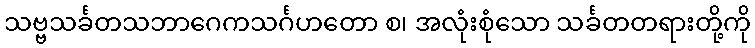
သဗ္ဗသင်္ခတသဘာဂေကသင်္ဂဟတော စ၊ အလုံးစုံသော သင်္ခတတရားတို့ကို